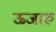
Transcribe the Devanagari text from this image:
ऊजारु